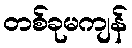
တစ်ခုမကျန်